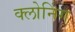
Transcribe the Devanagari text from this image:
क्‍लोनिंग